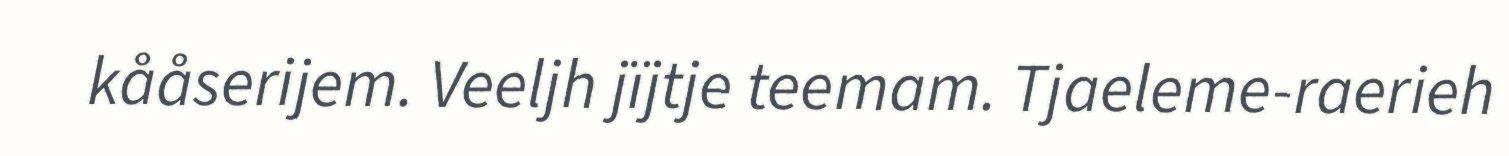
kååserijem. Veeljh jïjtje teemam. Tjaeleme-raerieh